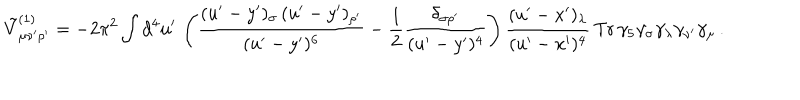
\tilde { V } _ { \mu \nu ^ { \prime } \rho ^ { \prime } } ^ { ( 1 ) } = - 2 \pi ^ { 2 } \int d ^ { 4 } u ^ { \prime } \, \left( \frac { ( u ^ { \prime } - y ^ { \prime } ) _ { \sigma } \, ( u ^ { \prime } - y ^ { \prime } ) _ { \rho ^ { \prime } } } { ( u ^ { \prime } - y ^ { \prime } ) ^ { 6 } } - \frac { 1 } { 2 } \frac { \delta _ { \sigma \rho ^ { \prime } } } { ( u ^ { \prime } - y ^ { \prime } ) ^ { 4 } } \right) \frac { ( u ^ { \prime } - x ^ { \prime } ) _ { \lambda } } { ( u ^ { \prime } - x ^ { \prime } ) ^ { 4 } } \, \mathrm { T r } \, \gamma _ { 5 } \gamma _ { \sigma } \gamma _ { \lambda } \gamma _ { \nu ^ { \prime } } \gamma _ { \mu } \, .